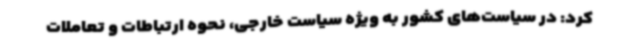
کرد: در سیاست‌های کشور به ویژه سیاست خارجی، نحوه ارتباطات و تعاملات